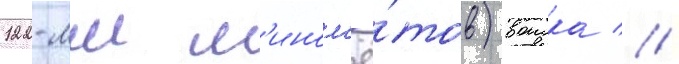
122-мм м'ином'ё́тов) воиска //